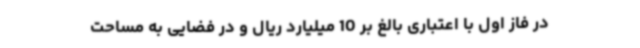
در فاز اول با اعتباری بالغ بر 10 میلیارد ریال و در فضایی به مساحت